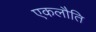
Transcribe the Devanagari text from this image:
एकलौति